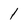
Character: 1